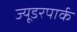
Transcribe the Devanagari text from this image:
ज्यूडरपार्क